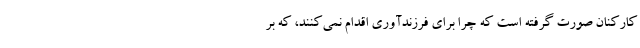
کارکنان صورت گرفته است که چرا برای فرزندآوری اقدام نمی‌کنند، که بر